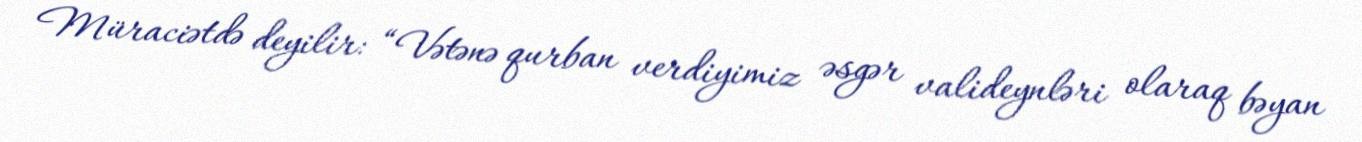
Müraciətdə deyilir: “Vətənə qurban verdiyimiz əsgər valideynləri olaraq bəyan